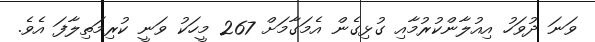
ވަނަ ދުވަހު އިއުލާންކުރުމާއި ގުޅިގެން އެމަގާމަށް 267 މީހަކު ވަނީ ކުރިމަތިލާފަ އެވެ.